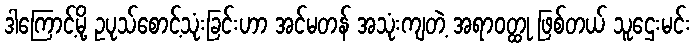
ဒါကြောင့်မို့ ဥပုသ်စောင့်သုံးခြင်းဟာ အင်မတန် အသုံးကျတဲ့ အရာဝတ္ထု ဖြစ်တယ် သူဌေးမင်း